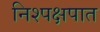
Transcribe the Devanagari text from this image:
निश्पक्षपात